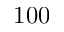
1 0 0